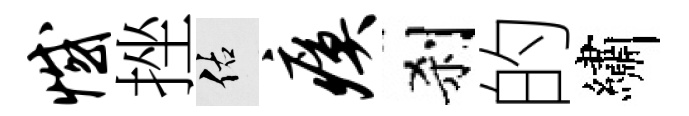
憾挫佑瘼刹的繡